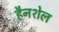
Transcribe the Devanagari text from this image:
हैनशेल